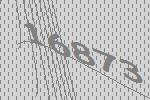
16873